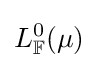
L_{\mathbb {F} }^{0}(\mu )